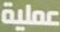
عملية